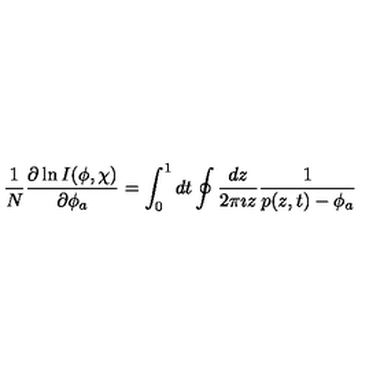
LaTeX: \frac { 1 } { N } \frac { \partial \ln I ( \phi , \chi ) } { \partial \phi _ { a } } = \int _ { 0 } ^ { 1 } d t \oint \frac { d z } { 2 \pi \imath z } \frac { 1 } { p ( z , t ) - \phi _ { a } }